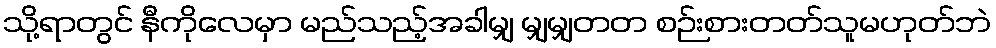
သို့ရာတွင် နီကိုလေမှာ မည်သည့်အခါမျှ မျှမျှတတ စဉ်းစားတတ်သူမဟုတ်ဘဲ